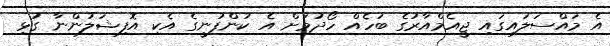
އެ މައްސަލައިގައި ޖީއެމްއާރުގެ ބަހެއް ހޯދުމަށް އެ ކުންފުނީގެ އެކި އޮފިޝަލުންނާ ގުޅި